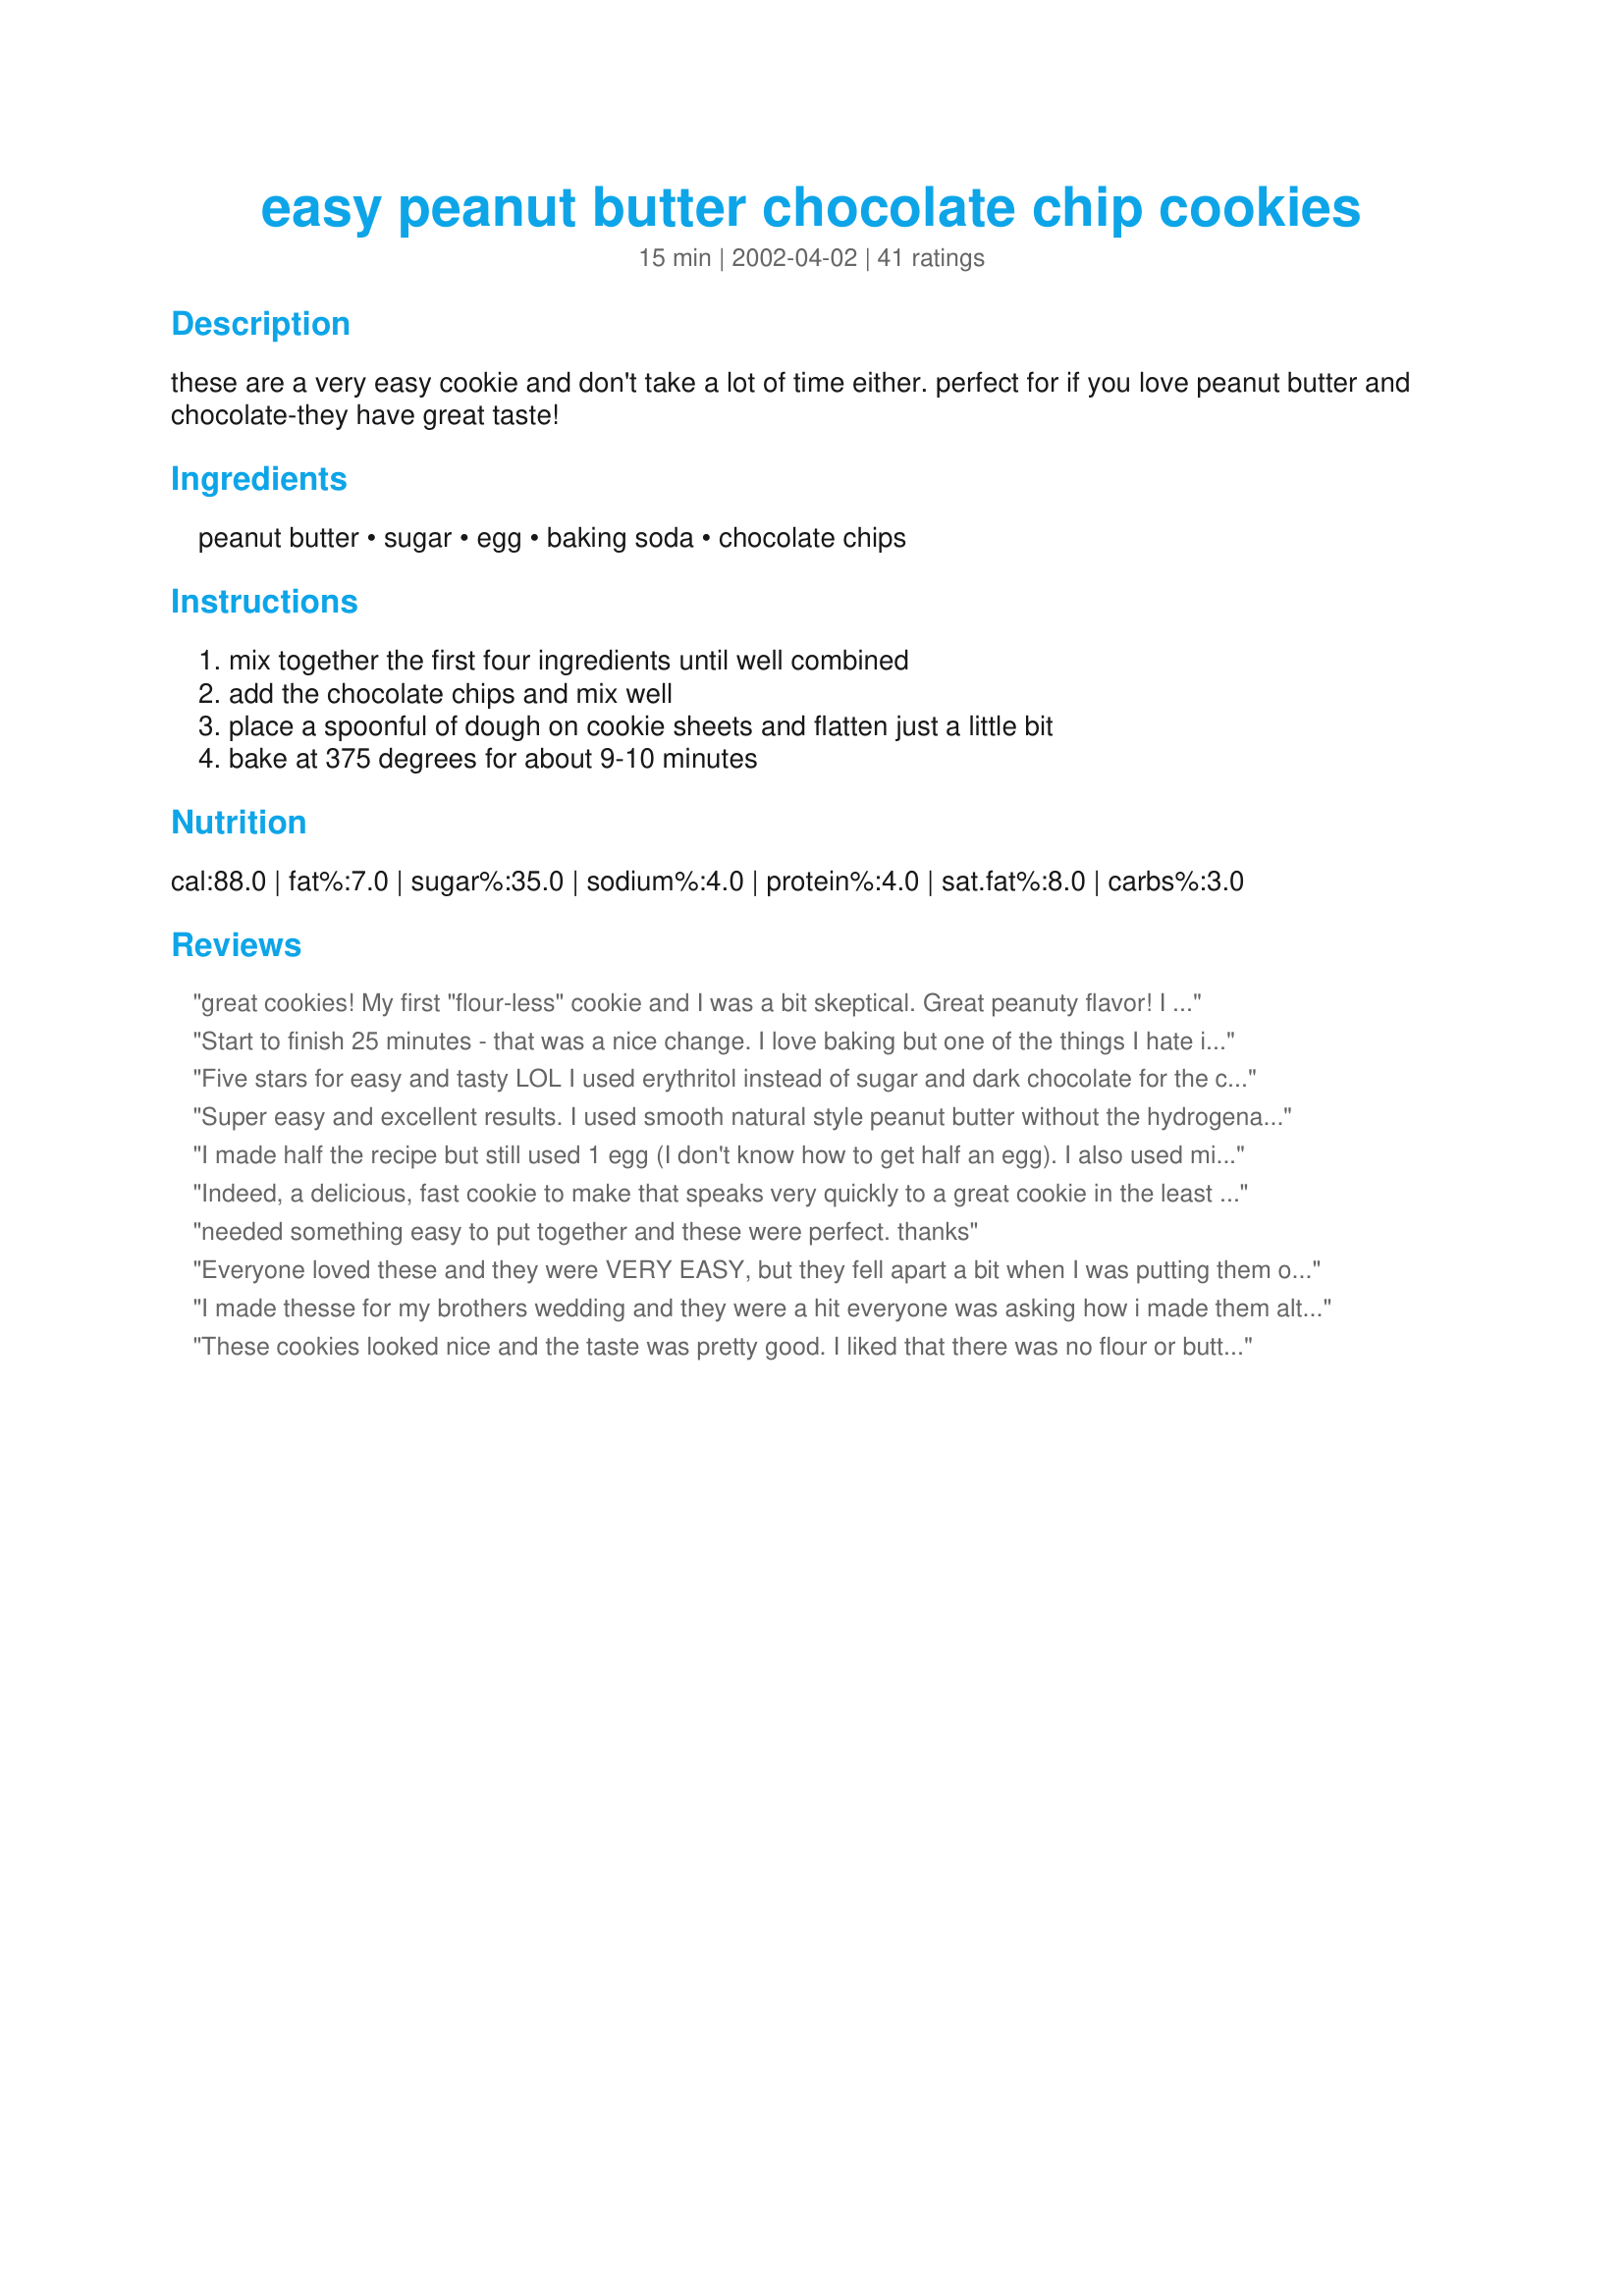
easy peanut butter chocolate chip cookies
Preparation time: 15 minutes

these are a very easy cookie and don't take a lot of time either. perfect for if you love peanut butter and chocolate-they have great taste!

Ingredients:
peanut butter, sugar, egg, baking soda, chocolate chips

Steps:
mix together the first four ingredients until well combined, add the chocolate chips and mix well, place a spoonful of dough on cookie sheets and flatten just a little bit, bake at 375 degrees for about 9-10 minutes

Reviews:
great cookies! My first "flour-less" cookie and I was a bit skeptical. Great peanuty flavor! I agree that letting them cool a few minutes is necessary..if you don't they are soft enough to fall between the grids on the cooling rack. I also would not double this recipe. I did and the last 2 pans were very crumbly.
Start to finish 25 minutes - that was a nice change. I love baking but one of the things I hate is hanging around for what seems like hours baking batch after batch. I whipped these babies up in less than 5 minutes and it took 9 minutes to bake each of two cookies sheets, they&#039;re cooling now. As others have noted, please let them cool before trying to move them or they will crumble. I cooled them about 10 mins on the cookie sheet and then gave one a try - yummy, nice combo of chocolate and peanut butter. I used 1/2 bittersweet chocolate chips and 1/2 dark chocolate, I also used 1/2 cup of dark brown sugar packed and 1/2 cup of white sugar instead of 1 cup of white. Definitely a keeper recipe - great one to keep around in case you need a quick sweet treat in hurry.
Five stars for easy and tasty LOL I used erythritol instead of sugar and dark chocolate for the chips - all I can say is YUM! This will be a keeper. Thanks for posting!<br/>Made for All Aboard The Love Train 2012.
Super easy and excellent results. I used smooth natural style peanut butter without the hydrogenated fat, and they worked out great. The cookies look a bit oilier than normal peanut butter cookies, but I think they taste better. I shaped mine into 1" balls -- you need to squish the dough a bit to get it to stick together. I baked them that way and at approx. 8 minutes in, I took them out of the oven to squash them down with a fork, then returned them to the oven for an additional 4 minutes (turning the baking sheet for more even baking). I'd definitely make these again.
I made half the recipe but still used 1 egg (I don't know how to get half an egg). I also used mini choc chips because that's what I had. They were marvelous and got rave reviews from my family! They held together very well and looked just like regular chocolate chip cookies. I'm amazed that they don't have any flour or oats or butter. Very tasty! With so few ingredients, I wanted to figure out the nutritional values so here's what I got with 1/2 the recipe. I got 32 cookies so each cookie is 49 calories, 1 g of protein and 6g of total carbs. You gotta love that! :)
Indeed, a delicious, fast cookie to make that speaks very quickly to a great cookie in the least amount of time. I used 1/2 amount of mini-chocolate chips, and the other 1/2 butterscotch chips. These are amazing jewels of a cookie, 5 ingredients, in 10 minutes is a real winner in my book! Oh yes, I only had reduced fat peanut butter and used 1/2 splenda because I was out of sugar. Thank you! Will make these often!
needed something easy to put together and these were perfect. thanks
Everyone loved these and they were VERY EASY, but they fell apart a bit when I was putting them off the tray to cool. Otherwise, I would have given them five stars.
I made thesse for my brothers wedding and they were a hit everyone was asking how i made them although it was before i saw this recipie my home ec teacher taught us one egg on cup of pb and and one cup of sugar have never used the baking powder but they are very simple and easy lol my mom said she just wanted a big bucket of them for christmass
These cookies looked nice and the taste was pretty good. I liked that there was no flour or butter and minus the baking soda, would make a good cookie for Passover.
Very, very simple to make - only took minutes to put together. One recipe made 3 dozen cookies! Nice take on a peanut butter cookie without all the fuss. Will be making these often for those quick snacks needed for the kids.
Delicious and couldn't be easier! I think there are a few too many chocolate chips--and I love chocolate chips! But I wasn't able to incorporate a full cup into the small amount of dough. I'd just cut it down to 3/4 cup next time. Love having a cookie that's so easy to throw together. Thanks!
wow! these cookies are amazing! the only bad thing i have to say about them is that they break easily when hot... just let them cool a bit before removing them from the cookie sheet and you should be fine. excellent crispy texture on the outside, soft and chewy within. hard to believe there's no dough in these cookies. they disappeared in a day! thanks!
Just got finished making them. They are so tasty. I just needed an easy cookie recipe. I did add a cup of flour and omitted the egg. It held together and still came out very good. Happy baking!
Absolutely loved this recipe! They were so easy, tasty, and turned out beautifully!! I will definitely make these again. I love that you don't have to worry about flat, unattractive cookies (which is nice when you're taking them somewhere to share!)
I recently discovered this recipe and it is fantastic! Sooooo fast and easy, and delicious!! All of the ingredients are so basic you probably have them in your pantry at any given time. I used natural peanut butter that doesn't contain sugar so the cookies didn't come out too sweet. I agree that it is best to let the cookies cool so they firm up and aren't too crumbly but I had no problems. I highly recommend this recipe.
perfect! my ultimate quick-fix sweet-tooth solution. make sure to take them out of the oven by about 10 minutes, might not seem quite done, but they are. delicious!
Very good and easy! Eight min. in my oven over cooked them just a little though~!
This couldn't be easier! And, everybody loves the results. May try to add peanuts for a slight change, but these are great just as they are.
These are a very good cookie. I found the dough to be very crumbly and hard to work with, but I used reduced fat peanut butter and am wondering if that created the problem. I have substituted the reduced fat PB before with no problems. The final result was a very tasty cookie, a little crisp which is the way I like them!
this is first recipe i have seen with no flour, going to try this one soon...Thanks for posting
These were very good! Very cripsy. They pretty much fell apart in your mouth. My family ate them up!
Good cookie! Found the chocolate chips didn't stick in the dough so well with the minimal ingredients. So I had to roll them in a ball to stick, but once baked were really good. Would definitely make again.
this was a quick, easy recipe that turned out soooooo good! the best peanut butter cookie I have ever made!!!!!! thanks!
Really good but really sweet. I didn't have a full cup of chocolate chips so I added some coconut. Just eat with a glass of milk!
DO YOU NOT ADD FLOUR IM CONFUSED
I was in the mood for chocolate (Big surprise there @@) but did not have a lot of ingredients and I found these and gave the a whirl YAY I am glad I did These were good! (were is not that far fetched Ha ha) But the other reviewers warn not to move them when they are warm and they mean it let them cool right where they are and they harden enough to remain their shape... YUM! Enjoy
A very good and easy cookie. However, I did find that they were a bit crumbly but other than that really tasty. Gonna give the hubby one when he gets home and see what he thinks!
I had a jar of peanut butter that started to taste a little 'old'. Googled recipes using a lot of peanut butter, found this one. Actually doubled the recipe, used half brown and half white sugars. Used ice-water chilled tablespoons to make balls. Lightly flattened. Cooled for 20 minutes to make sure they were firm. Very Yummy!
These cookies are great my fanmily loved them.
A little too crumbly for me, but they tasted great and were really easy to make. Thanks!
A great tasting, easy and quick recipe! Mine took about 8 mins to cook. Cookies are a bit crumbly until cooled so I cooled mine on wax paper over my wire rack. Problem solved! I will definitely make these again!
The first words out of my son's mouth were, "These are AWESOME!" And he is right! They are soo good. And easy! Perfect for the days when I'm a lazy baker. My oldest is licking his plate right now. I would maybe cut the sugar down by a 1/4 cup, but maybe not. They are GOOOOOOOOD~!
So easy and delicious thank u
I found this exact recipe in a magazine. I couldn't believe it would work but tried it and found the cookies excellent. They even looked exactly like the picture on the cover. I weigh the dough so they all come out exactly the same. The hardest part of making these cookies is measuring out the peanut butter! My sister made them with low fat peanut butter and she loved them too.
I had never made a flourless cookie before, so these were a little strange to me. They came out great! I suggest letting them cool on the cookie sheet before moving them, since they will be very soft. Extremely rich!!!
These cookies are very easy to prepare. They turned out very crispy and tasty. They were so crispy that we lost quite a few of them to crumbs while trying to take them off the pan. Next pan we let them cool a little longer before moving, and it helped a lot. But it's ok, because everyone knows that broken cookies have less calories!!!
Wow!! What a wonderful recipe. I made as directed and will definately make again. As other reviewers advised, I made sure to let the cookies cool completely before removing from the baking sheet and had no crumbling problems. Thanks for a great recipe. Sweetpea B.
This sounded like a strange recipe, so I had to try them. Boy am I glad I did! These were light and crisp, and delicious! People were shocked when I told them there was no flour in these, or butter! Handy recipe when you are out of those things, and good even when you're not! Thanks for posting!
I made these and added marshmallow to the middle after they were on the pan
I did not like these cookies at all. The texture was gritty and the flavor was less than delightful - and I used a good peanut butter. I am not keeping this recipe.
